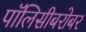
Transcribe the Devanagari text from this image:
पॉलिसीबरोबर